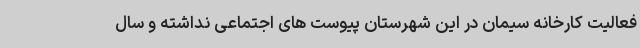
فعالیت کارخانه سیمان در این شهرستان پیوست های اجتماعی نداشته و سال